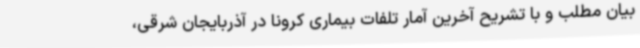
بیان مطلب و با تشریح آخرین آمار تلفات بیماری کرونا در آذربایجان شرقی،